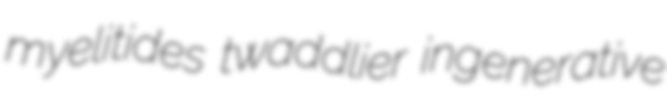
myelitides twaddlier ingenerative